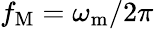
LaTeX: f_{\mathrm{M}}=\omega_{\mathrm{m}}/2\pi